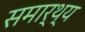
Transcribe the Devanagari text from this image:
समार्थ्य